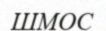
ШМОС